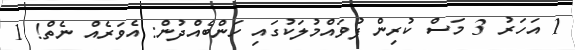
1 އަހަރު 3 މަސް ކުރިން ފުވައްމުލަކުގައި ހަންބެއްދުން: އެވަރެއް ނެތް! 1